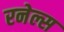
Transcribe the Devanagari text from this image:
रनेल्स